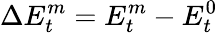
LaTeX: \Delta E_{t}^{m}=E_{t}^{m}-E_{t}^{0}